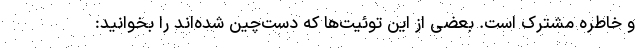
و خاطره مشترک است. بعضی از این توئیت‌ها که دست‌چین شده‌اند را بخوانید: